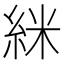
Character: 䋛